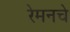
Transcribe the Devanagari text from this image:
रेमनचे